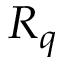
R _ { q }